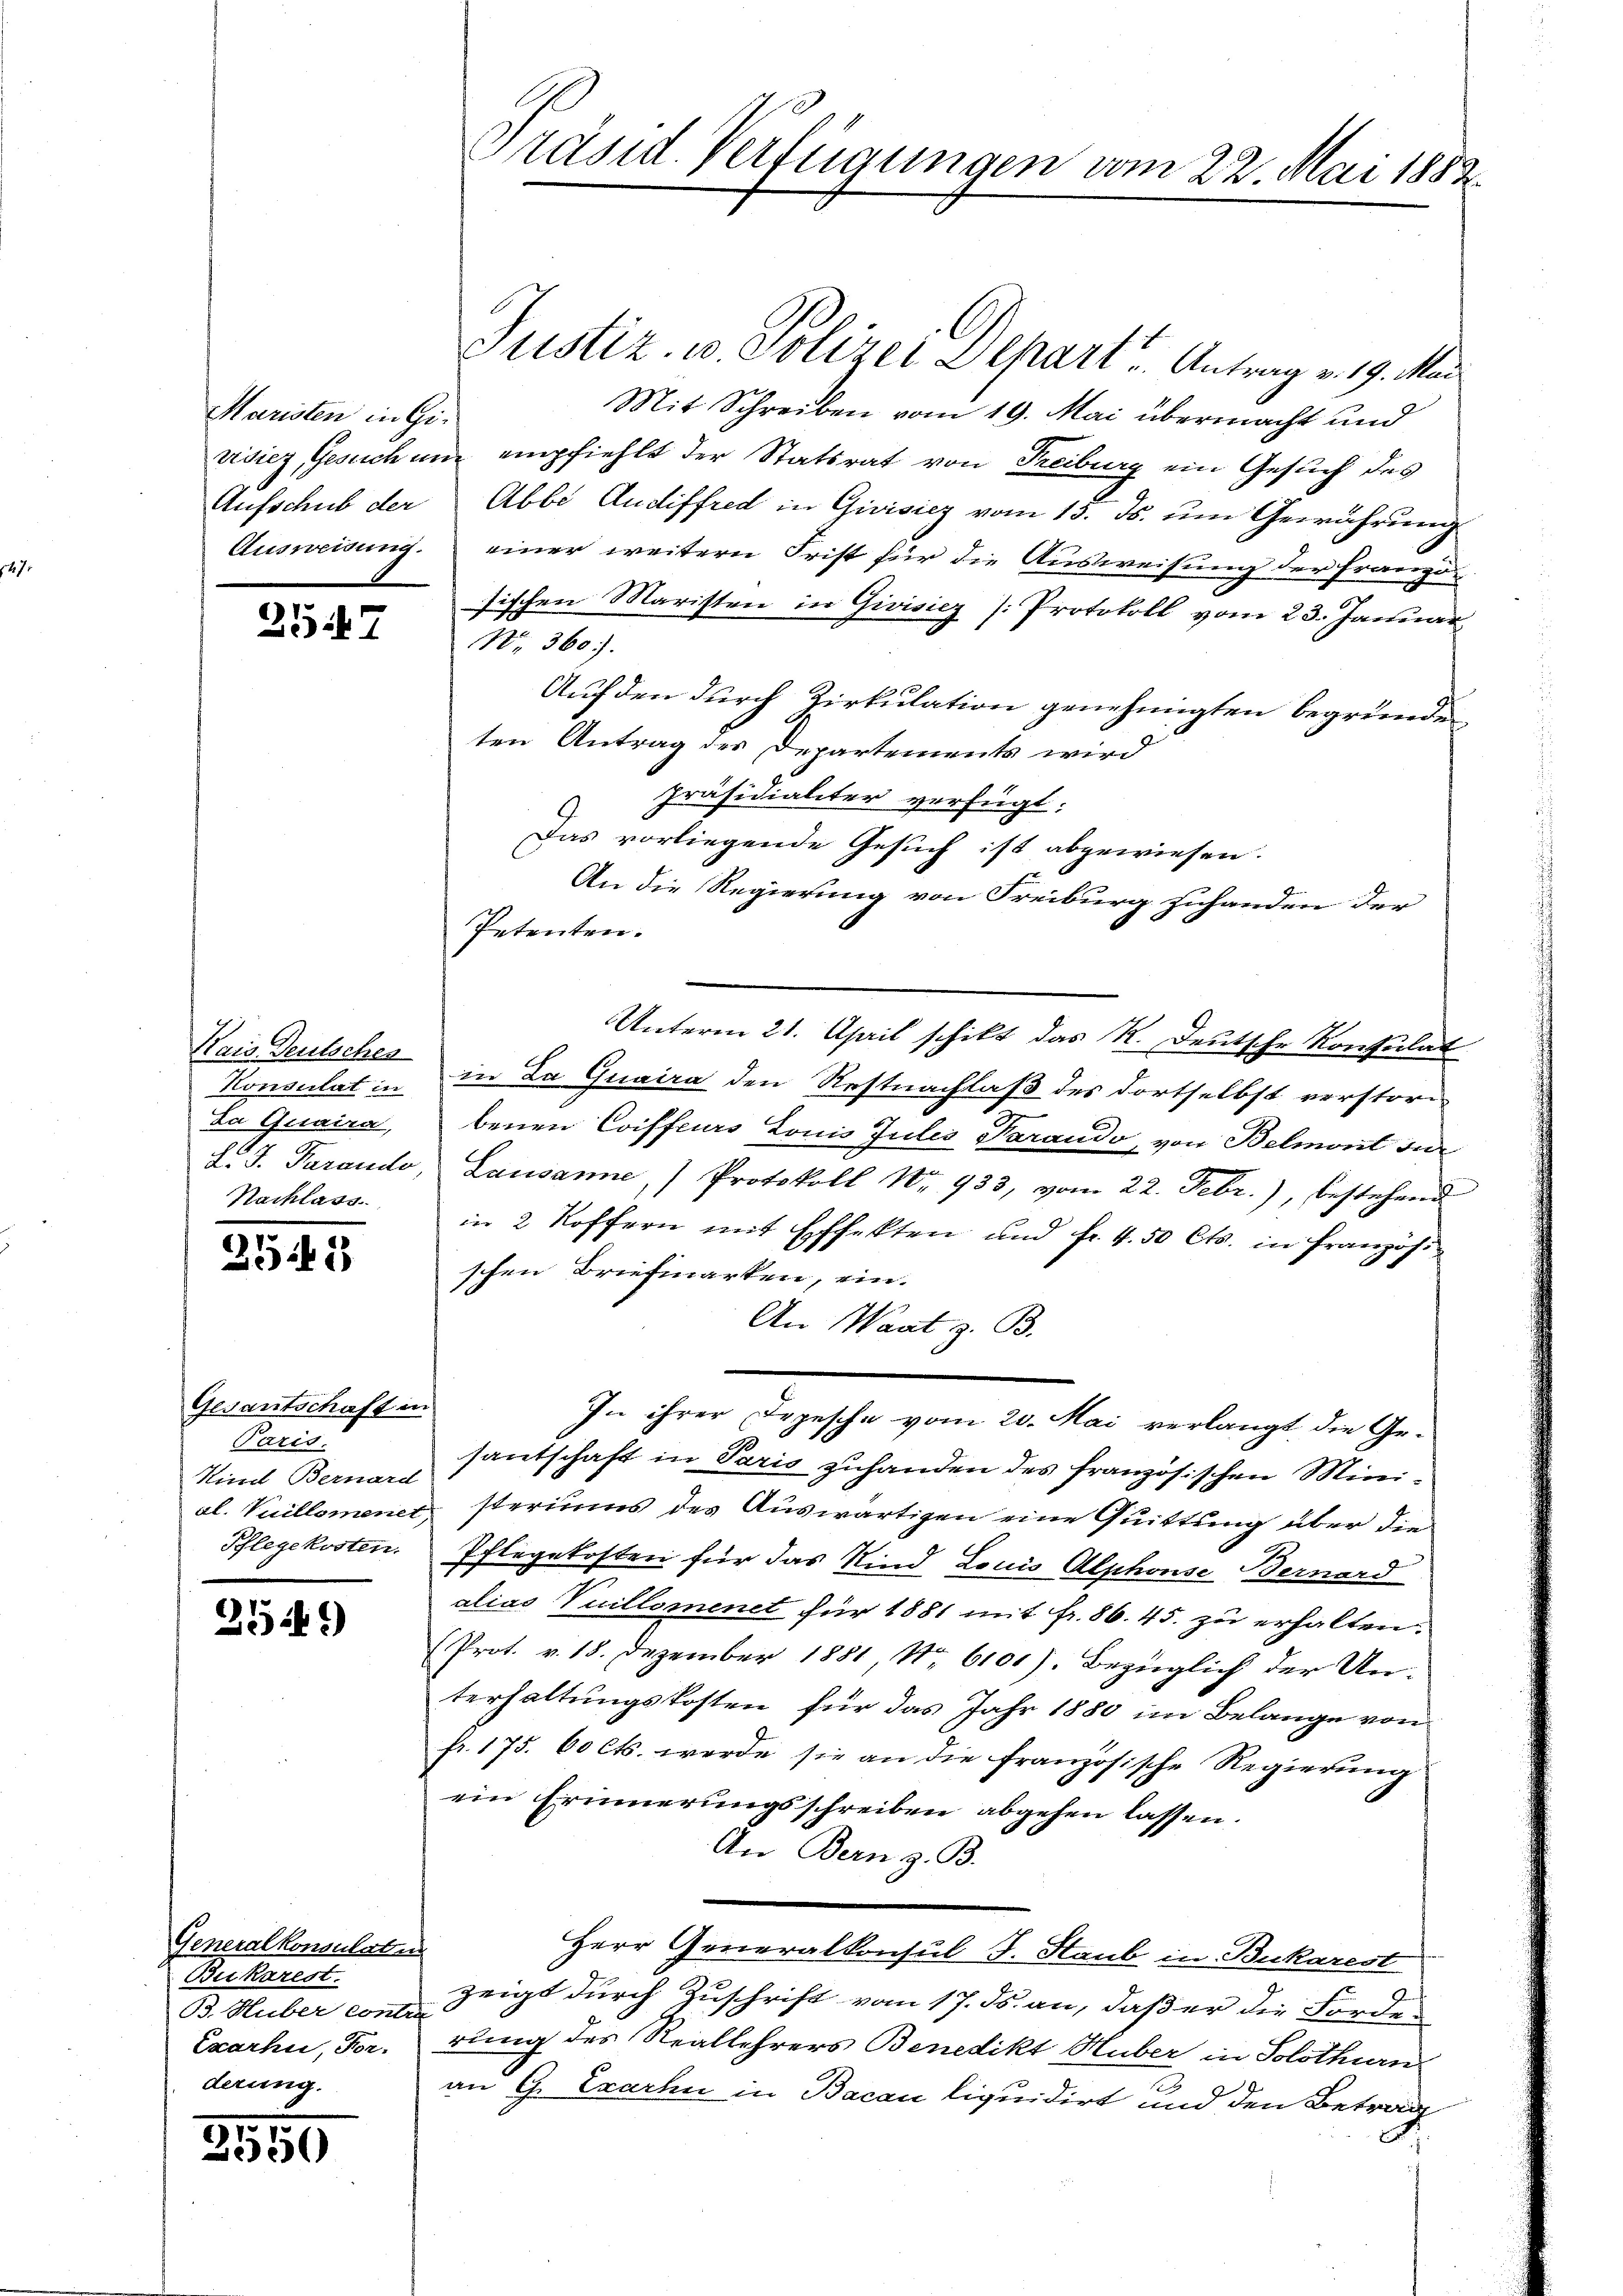
Maristen in Ge¬

Kais Deutsches
Da Geraire,
Nachlass

2545

Gesantschaft in
Paris.
Kind Bernard
Phlegekosten.

2549)

Generalkonsulaten
Bukarest.
B. Huber Contra
Exarhi, For-
derung.

2559

3547

Präsid. Verfügungen vom 22. Mai 1882.

Justiz, u. Polizei Depart u. Antrag v. 19. Mai
Mit Schreiben vom 19. Mai übermacht und
vidiez, Gesuch um empfiehlt der Statsrat von Freiburg ein Gesuch des
Aufschub der Abbe Audiffred in Givisiez vom 13. Js. um Gewährung
Ausweisung einer weitern Frist für die Ausweisung der Französischen Maristen in Givisiez [Protokoll vom 23. Januar
No. 360.
Auf den durch Zirkulation genehmigten begründe
ten Antrag des Departements wird
präsidialiter verfügt:
Das vorliegende Gesuch ist abgewiesen.
An die Regierung von Freiburg zuhanden der
Petenten.
Unterm 21. April schikt das R. Deutsche Konsulat
Konsulat in in Da Quaira den Restnachlaß des dortselbst verstoribenen Coiffeurs Louis Jules Parando, von Belmont für
D. S. Parando, Lausanne,) Protokoll Nr. 933, vom 22. Febr.), bestehend
in 2 Koffern mit Effekten und fr. 4.50 Cts. in Französischen Briefmarken, ein.
An Wart z. B.
In ihrer Depesche vom 20. Mai verlangt die Ge-
santschaft in Paris zuhanden des französischen Minial. Vuillomener, steriums des Auswärtigen eine Quittung über die
Pflegekosten für das Kind Louis Alphonse Bernard
alias Vuillomenet für 1881 mit fr. 86. 45. zu erhalten.
(Prot. v. 18. Dezember 1881 No 6101). Bezüglich der Unterhaltungskosten für das Jahr 1880 im Belange von
fr. 175. 60 Cts. werde sie an die französische Regierung
ein Erinnerungsschreiben abgehen lassen.
An Bern z. B.
Herr Generalkonsul J. Staub in Bukarest
zeigt durch Zuschrift vom 17. ds. an, daß er die Forde
rung des Reallehrers Benedikt Huber in Solothurn
an G. Exarhn in Bacau liquidirt und den Betrag